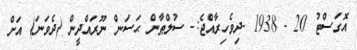
އޮގަސްޓު 20 - 1938 -ދިވެހިރާއްޖެ:- ސުލްޠާން ޙަސަން ނޫރައްދީން (ދެވަނަ) އަށް